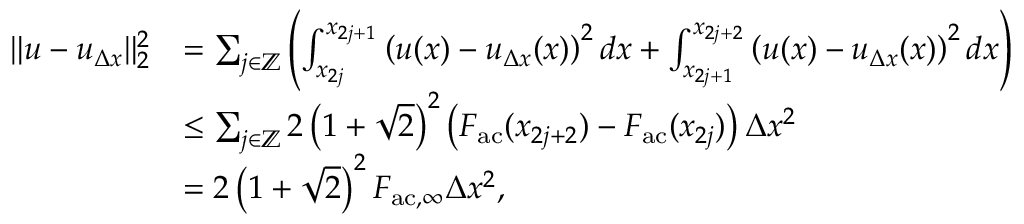
\begin{array} { r l } { \| u - u _ { \Delta x } \| _ { 2 } ^ { 2 } } & { = \sum _ { j \in \mathbb { Z } } \left( \int _ { x _ { 2 j } } ^ { x _ { 2 j + 1 } } \left( u ( x ) - u _ { \Delta x } ( x ) \right) ^ { 2 } d x + \int _ { x _ { 2 j + 1 } } ^ { x _ { 2 j + 2 } } \left( u ( x ) - u _ { \Delta x } ( x ) \right) ^ { 2 } d x \right) } \\ & { \leq \sum _ { j \in \mathbb { Z } } 2 \left( 1 + \sqrt { 2 } \right) ^ { 2 } \left( F _ { \mathrm { a c } } ( x _ { 2 j + 2 } ) - F _ { \mathrm { a c } } ( x _ { 2 j } ) \right) \Delta x ^ { 2 } } \\ & { = 2 \left( 1 + \sqrt { 2 } \right) ^ { 2 } F _ { \mathrm { a c } , \infty } \Delta x ^ { 2 } , } \end{array}